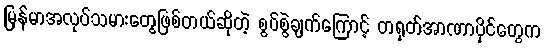
မြန်မာအလုပ်သမားတွေဖြစ်တယ်ဆိုတဲ့ စွပ်စွဲချက်ကြောင့် တရုတ်အာဏာပိုင်တွေက